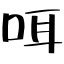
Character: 咡